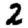
Digit: 2